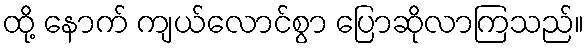
ထို့ နောက် ကျယ်လောင်စွာ ပြောဆိုလာကြသည်။